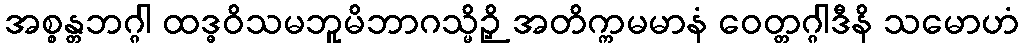
အစ္စန္တဘဂ္ဂါ ထဒ္ဓဝိသမဘူမိဘာဂသ္မိဉှိ အတိက္ကမမာနံ ဝေတ္တဂ္ဂါဒီနိ သမောဟံ